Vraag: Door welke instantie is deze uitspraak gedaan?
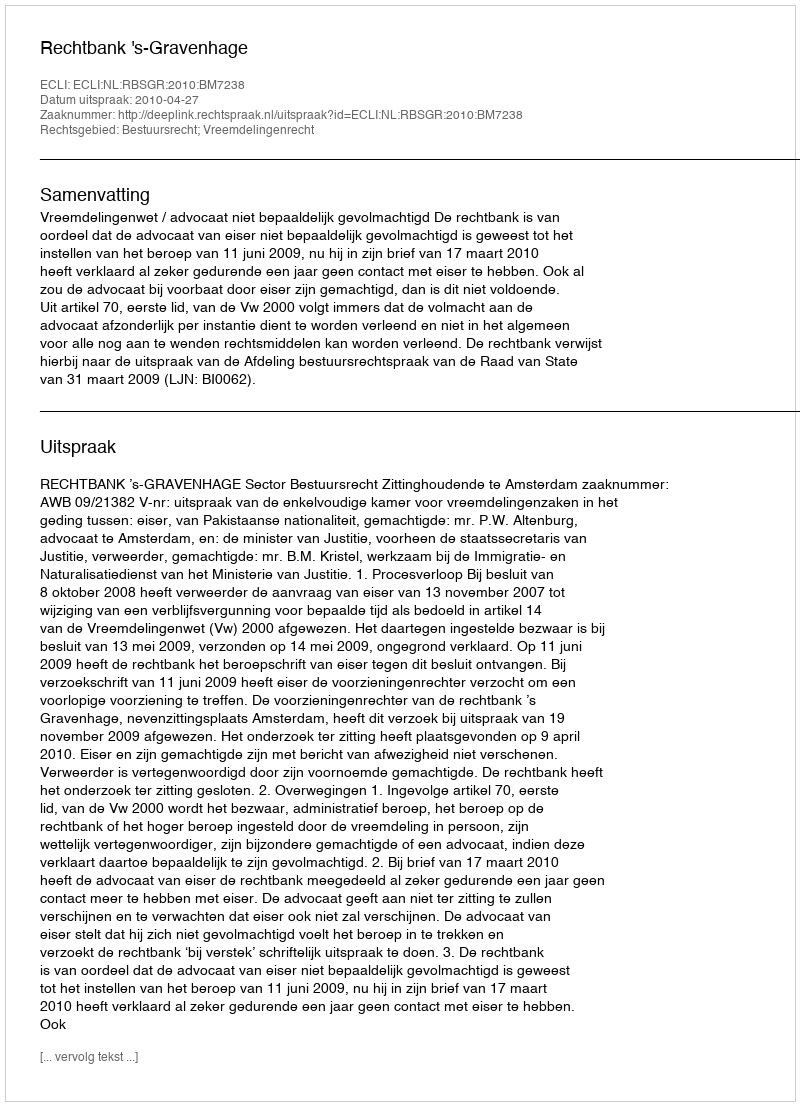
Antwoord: Rechtbank 's-Gravenhage